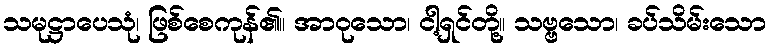
သမုဋ္ဌာပေသုံ၊ ဖြစ်စေကုန်၏။ အာဝုသော၊ ငါ့ရှင်တို့။ သဗ္ဗသော၊ ခပ်သိမ်းသော